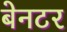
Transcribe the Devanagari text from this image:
बेनटर